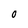
Character: O